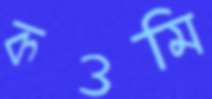
কওমি